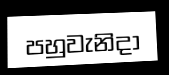
පහුවැනිදා